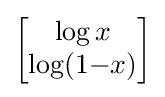
{\begin{bmatrix}\log x\\\log(1{-}x)\end{bmatrix}}